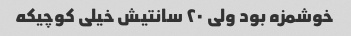
خوشمزه بود ولی ۲۰ سانتیش خیلی کوچیکه